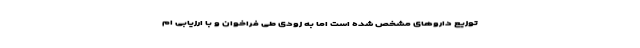
توزیع داروهای مشخص شده است اما به زودی طی فراخوان و با ارزیابی ام